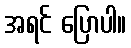
အရင် ပြောပါ။